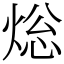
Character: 焧